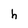
Character: h